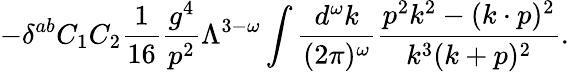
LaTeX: -\delta^{ab}C_{1}C_{2}{\frac{1}{16}}{\frac{g^{4}}{p^{2}}}\Lambda^{3-\omega}\int{\frac{d^{\omega}k}{(2\pi)^{\omega}}}{\frac{p^{2}k^{2}-(k\cdot p)^{2}}{k^{3}(k+p)^{2}}}.